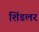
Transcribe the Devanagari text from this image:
शिंडलर